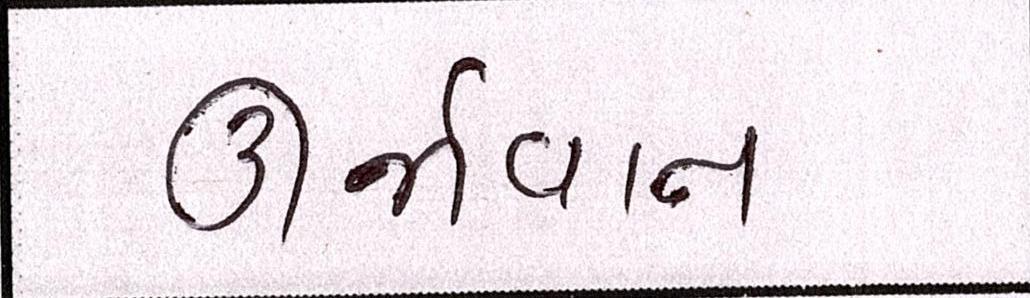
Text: ઊર્જાવાન